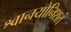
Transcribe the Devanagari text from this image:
श्वानयोनिशतं